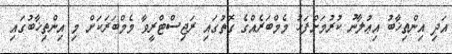
އަދި އިންތިޚާބު އިޢުލާނު ކުރުމަށްފަހު މެމްބަރެއްގެ ގޮތުގައި ރަޖިސްޓްރީވާ މެމްބަރަކަށް މި އިންތިޚާބުގައި